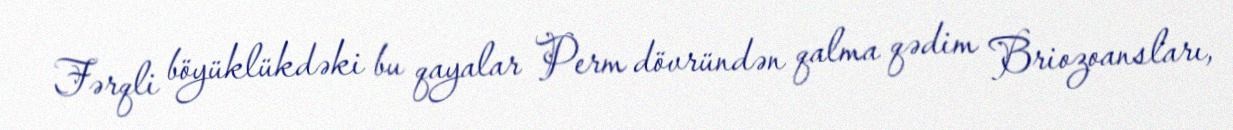
Fərqli böyüklükdəki bu qayalar Perm dövründən qalma qədim Briozoansları,